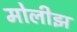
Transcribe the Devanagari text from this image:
मोलीझ